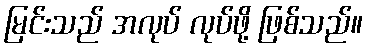
မြင်းသည် အလုပ် လုပ်ဖို့ ဖြစ်သည်။